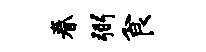
眷弼食